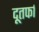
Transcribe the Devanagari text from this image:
दूतर्फा